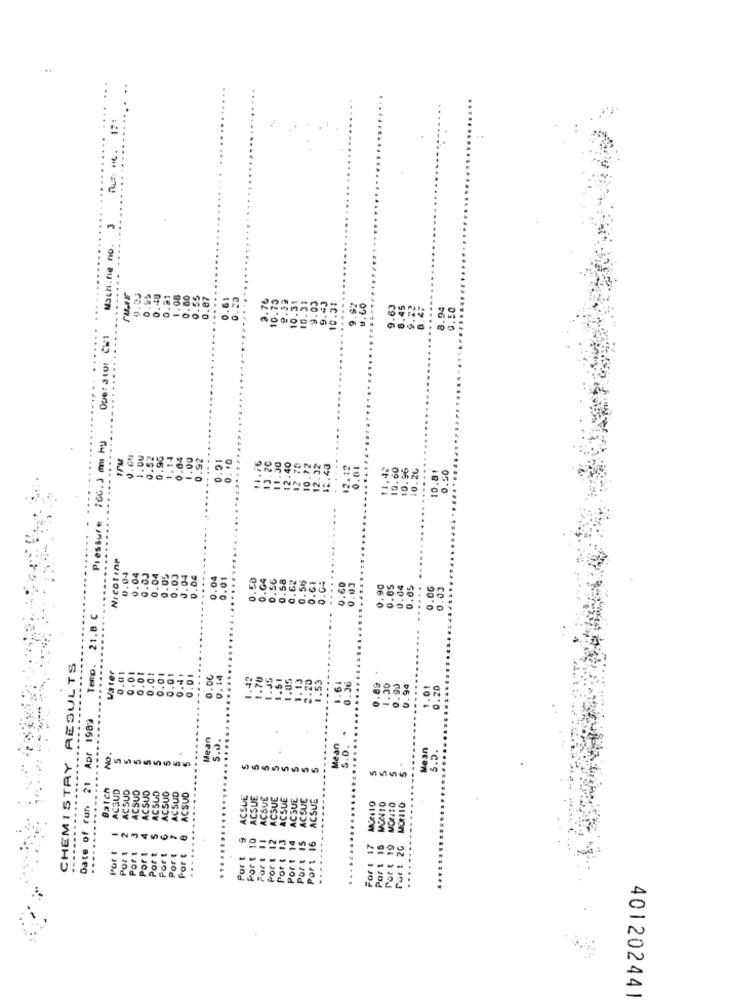
.........
..... ..
Auf HC. 17:
Mach.ne no. 3
....
ruar
....
0.61
0.53
10.7
10.3
.63
8.45
8.94
0.50
10.5
Operator CWs
1PM
0.05
1.00
0.52
0.90
1.14
0.04
1.00
.92
0.91
0.10
.30
....
.20
.40
70
.43
0.81
11.42
10.60
10.96
10.26
12.
10.8
0.50
Pressure
.....
Nicotine
0.0.
0.04
0.03
0.04
0.05
1.04
0.04
0.01
......
0.58
0.64
0.56
0.58
0.62
0.58
0.04
....
0.0
0.61
0.60
0.03
....
0.90
0.85
0.04
0.85
....
0.06
0.03
21.8 C
CHEMISTRY RESULTS
Temp.
Water
0.01
0.01
0.01
0.01
0.4.
0.01
0. 14
.42
.78
.05
3.20
1.55
0.0
0.36
0.89
1.30
0.90
.94
1.01
0.20
Date of run 21 Apr 1989
.
Mean
S.O.
Mean
Mean
No.
5
....
in
Batch
ACSUD
ACSUD
ACSUD
ACSUD
ACSUD
ACSUD
ACSUD
ACSUD
ACQUE
ACSUE
ACSUE
CSUE
ACSUE
ACSUE
SUE
ACSUE
Por : 18 MON10
MORATO
MO110
4
...
2
9
Port 10
Fort !!
Por t
Por t
Port
Port
Port
Por t
Por : 16
Fort 17
20
Port
Por &
Port 1
..
Port
Por
por
Por
Port
401202441